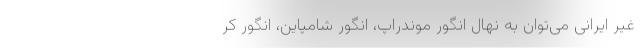
غیر ایرانی می‌توان به نهال انگور موندراپ، انگور شامپاین، انگور کر